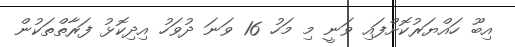
އިބޫ ހައްޔަރުކޮށްފައި ވަނީ މި މަހު 16 ވަނަ ދުވަހު އިދިކޮޅު ފަރާތްތަކުން